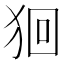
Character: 𤞑